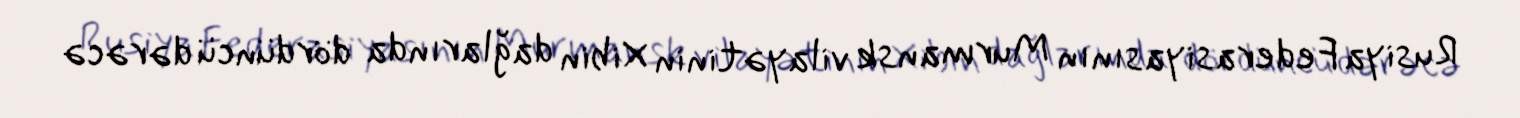
Rusiya Federasiyasının Murmansk vilayətinin Xibin dağlarında dördüncü dərəcə